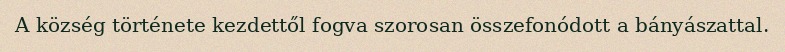
A község története kezdettől fogva szorosan összefonódott a bányászattal.